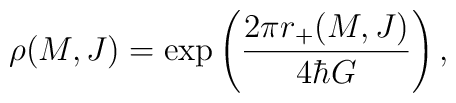
\rho(M,J) = \exp\left(2\pi r_+(M,J) \over 4\hbar G\right),